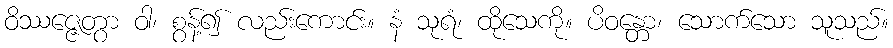
ဝိဿဇ္ဇေတွာ ဝါ၊ စွန့်၍ လည်းကောင်း။ နံ သုရံ၊ ထိုသေကို။ ပိဝန္တော၊ သောက်သော သူသည်။